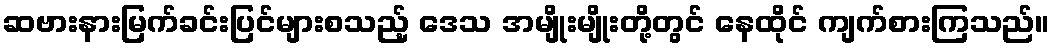
ဆဗားနားမြက်ခင်းပြင်များစသည့် ဒေသ အမျိုးမျိုးတို့တွင် နေထိုင် ကျက်စားကြသည်။